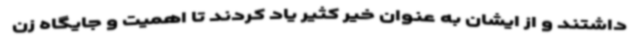
داشتند و از ایشان به عنوان خیر کثیر یاد کردند تا اهمیت و جایگاه زن